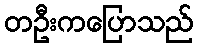
တဦးကပြောသည်